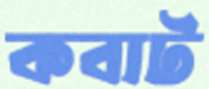
কবাট